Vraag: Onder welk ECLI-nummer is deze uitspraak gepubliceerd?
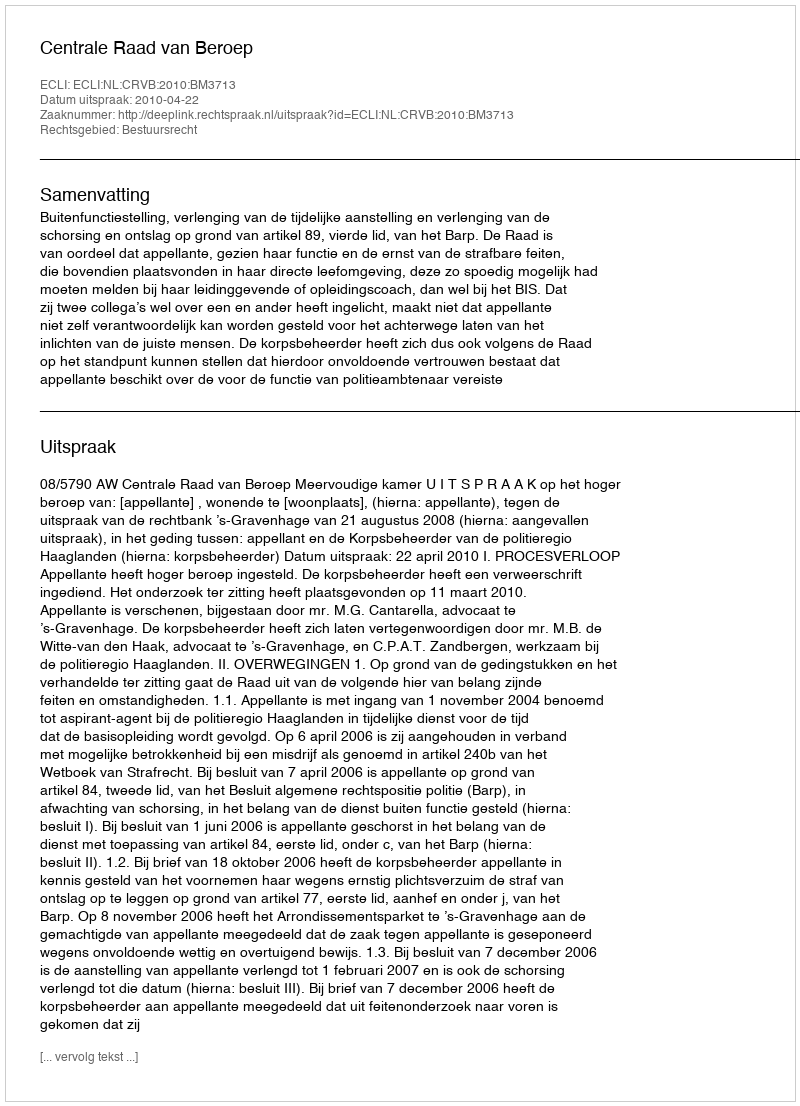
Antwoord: ECLI:NL:CRVB:2010:BM3713